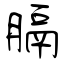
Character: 膈